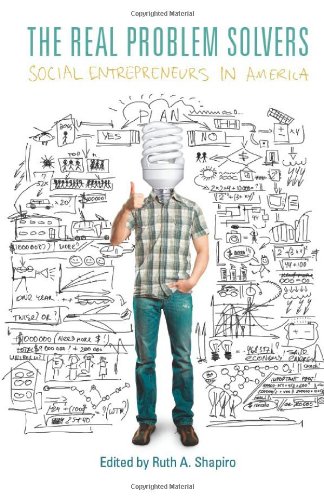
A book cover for The Real Problem Solvers: Social Entrepreneurs in America (Stanford Business Books); Politics & Social Sciences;